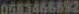
0683466892